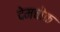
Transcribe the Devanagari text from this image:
देमचोक